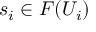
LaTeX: s _ { i } \in F ( U _ { i } )